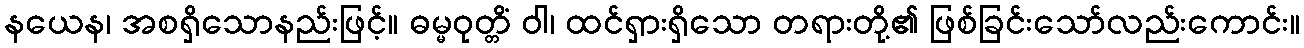
နယေန၊ အစရှိသောနည်းဖြင့်။ ဓမ္မဝုတ္တိံ ဝါ၊ ထင်ရှားရှိသော တရားတို့၏ ဖြစ်ခြင်းသော်လည်းကောင်း။